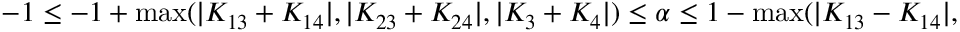
\begin{array} { r } { - 1 \le - 1 + \operatorname* { m a x } ( \vert K _ { 1 3 } + K _ { 1 4 } \vert , \vert K _ { 2 3 } + K _ { 2 4 } \vert , \vert K _ { 3 } + K _ { 4 } \vert ) \le \alpha \le 1 - \operatorname* { m a x } ( \vert K _ { 1 3 } - K _ { 1 4 } \vert , \vert K _ { 2 3 } - K _ { 2 4 } \vert , \vert K _ { 3 } - K _ { 4 } \vert ) \le 1 \; . } \end{array}